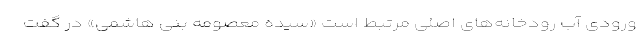
ورودی آب رودخانه‌های اصلی مرتبط است «سیده معصومه بنی هاشمی» در گفت